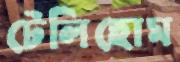
টেলিহোম